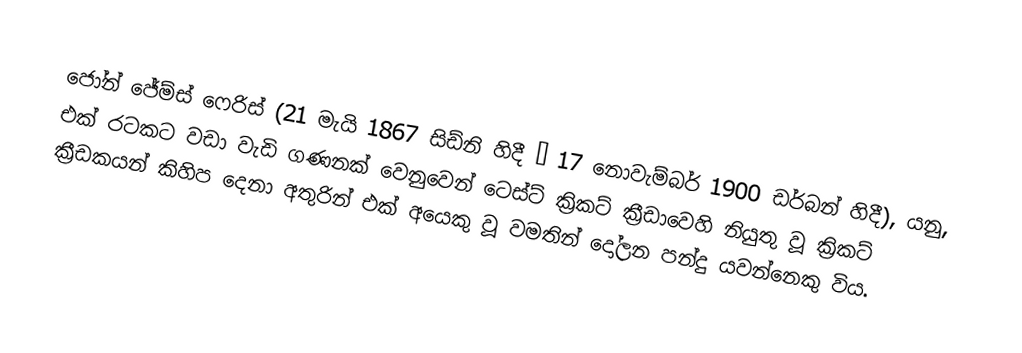
ජෝන් ජේම්ස් ෆෙරිස් (21 මැයි 1867 සිඩ්නි හිදී – 17 නොවැම්බර් 1900 ඩර්බන් හිදී), යනු,  එක් රටකට වඩා වැඩි ගණනක් වෙනුවෙන් ටෙස්ට් ක්‍රිකට් ක්‍රීඩාවෙහි නියුතු වූ  ක්‍රිකට් ක්‍රීඩකයන් කිහිප දෙනා අතුරින් එක් අයෙකු වූ වමතින් දෝලන පන්දු යවන්නෙකු විය.